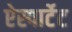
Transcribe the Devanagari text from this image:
ऐस्पार्टेट